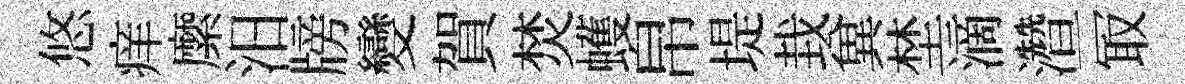
悠痒縻汨牓變賀焚蠖帛堤㘽兾埜滴濳一冣